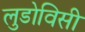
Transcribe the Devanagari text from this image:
लुडोविसी